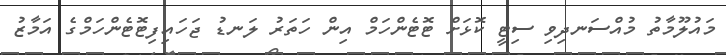
މައުލޫމާތު މުއްސަނދިވި ސިޓީ ކޮޅަށް ޓޮޓެންހަމް އިން ހަތަރު ލަނޑު ޖަހައިފިޓޮޓެންހަމްގެ އަމާޒު